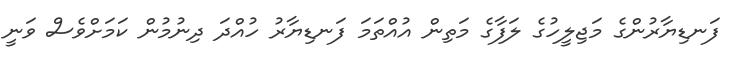
ފަނޑިޔާރުންގެ މަޖިލީހުގެ ލަފާގެ މަތިން އުއްތަމަ ފަނޑިޔާރު ހުއްދަ ދިނުމުން ކަމަށްވެސް ވަނީ